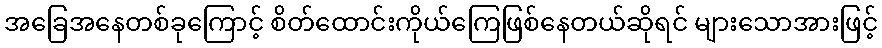
အခြေအနေတစ်ခုကြောင့် စိတ်ထောင်းကိုယ်ကြေဖြစ်နေတယ်ဆိုရင် များသောအားဖြင့်